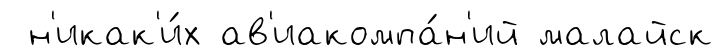
н'икак'и́х ав'иакомпа́н'ий малайск